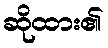
ဆိုထား၏